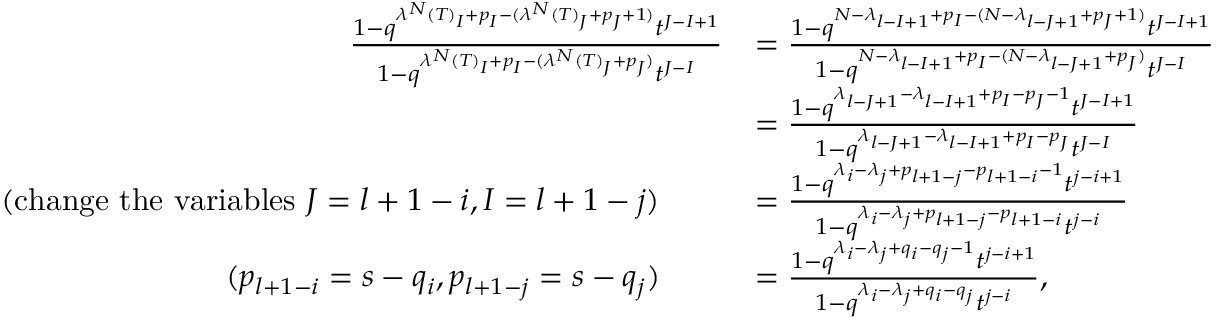
\begin{array} { r l } { \frac { 1 - q ^ { \lambda ^ { N } ( T ) _ { I } + p _ { I } - ( \lambda ^ { N } ( T ) _ { J } + p _ { J } + 1 ) } t ^ { J - I + 1 } } { 1 - q ^ { \lambda ^ { N } ( T ) _ { I } + p _ { I } - ( \lambda ^ { N } ( T ) _ { J } + p _ { J } ) } t ^ { J - I } } } & { = \frac { 1 - q ^ { N - \lambda _ { l - I + 1 } + p _ { I } - ( N - \lambda _ { l - J + 1 } + p _ { J } + 1 ) } t ^ { J - I + 1 } } { 1 - q ^ { N - \lambda _ { l - I + 1 } + p _ { I } - ( N - \lambda _ { l - J + 1 } + p _ { J } ) } t ^ { J - I } } } \\ & { = \frac { 1 - q ^ { \lambda _ { l - J + 1 } - \lambda _ { l - I + 1 } + p _ { I } - p _ { J } - 1 } t ^ { J - I + 1 } } { 1 - q ^ { \lambda _ { l - J + 1 } - \lambda _ { l - I + 1 } + p _ { I } - p _ { J } } t ^ { J - I } } } \\ { ( \mathrm { c h a n g e ~ t h e ~ v a r i a b l e s ~ } J = l + 1 - i , I = l + 1 - j ) \qquad } & { = \frac { 1 - q ^ { \lambda _ { i } - \lambda _ { j } + p _ { l + 1 - j } - p _ { l + 1 - i } - 1 } t ^ { j - i + 1 } } { 1 - q ^ { \lambda _ { i } - \lambda _ { j } + p _ { l + 1 - j } - p _ { l + 1 - i } } t ^ { j - i } } } \\ { ( p _ { l + 1 - i } = s - q _ { i } , p _ { l + 1 - j } = s - q _ { j } ) \qquad } & { = \frac { 1 - q ^ { \lambda _ { i } - \lambda _ { j } + q _ { i } - q _ { j } - 1 } t ^ { j - i + 1 } } { 1 - q ^ { \lambda _ { i } - \lambda _ { j } + q _ { i } - q _ { j } } t ^ { j - i } } , } \end{array}